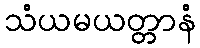
သံယမယတ္တာနံ